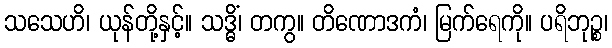
သသေဟိ၊ ယုန်တို့နှင့်။ သဒ္ဓိံ၊ တကွ။ တိဏောဒကံ၊ မြက်ရေကို။ ပရိဘုဉ္စ၊